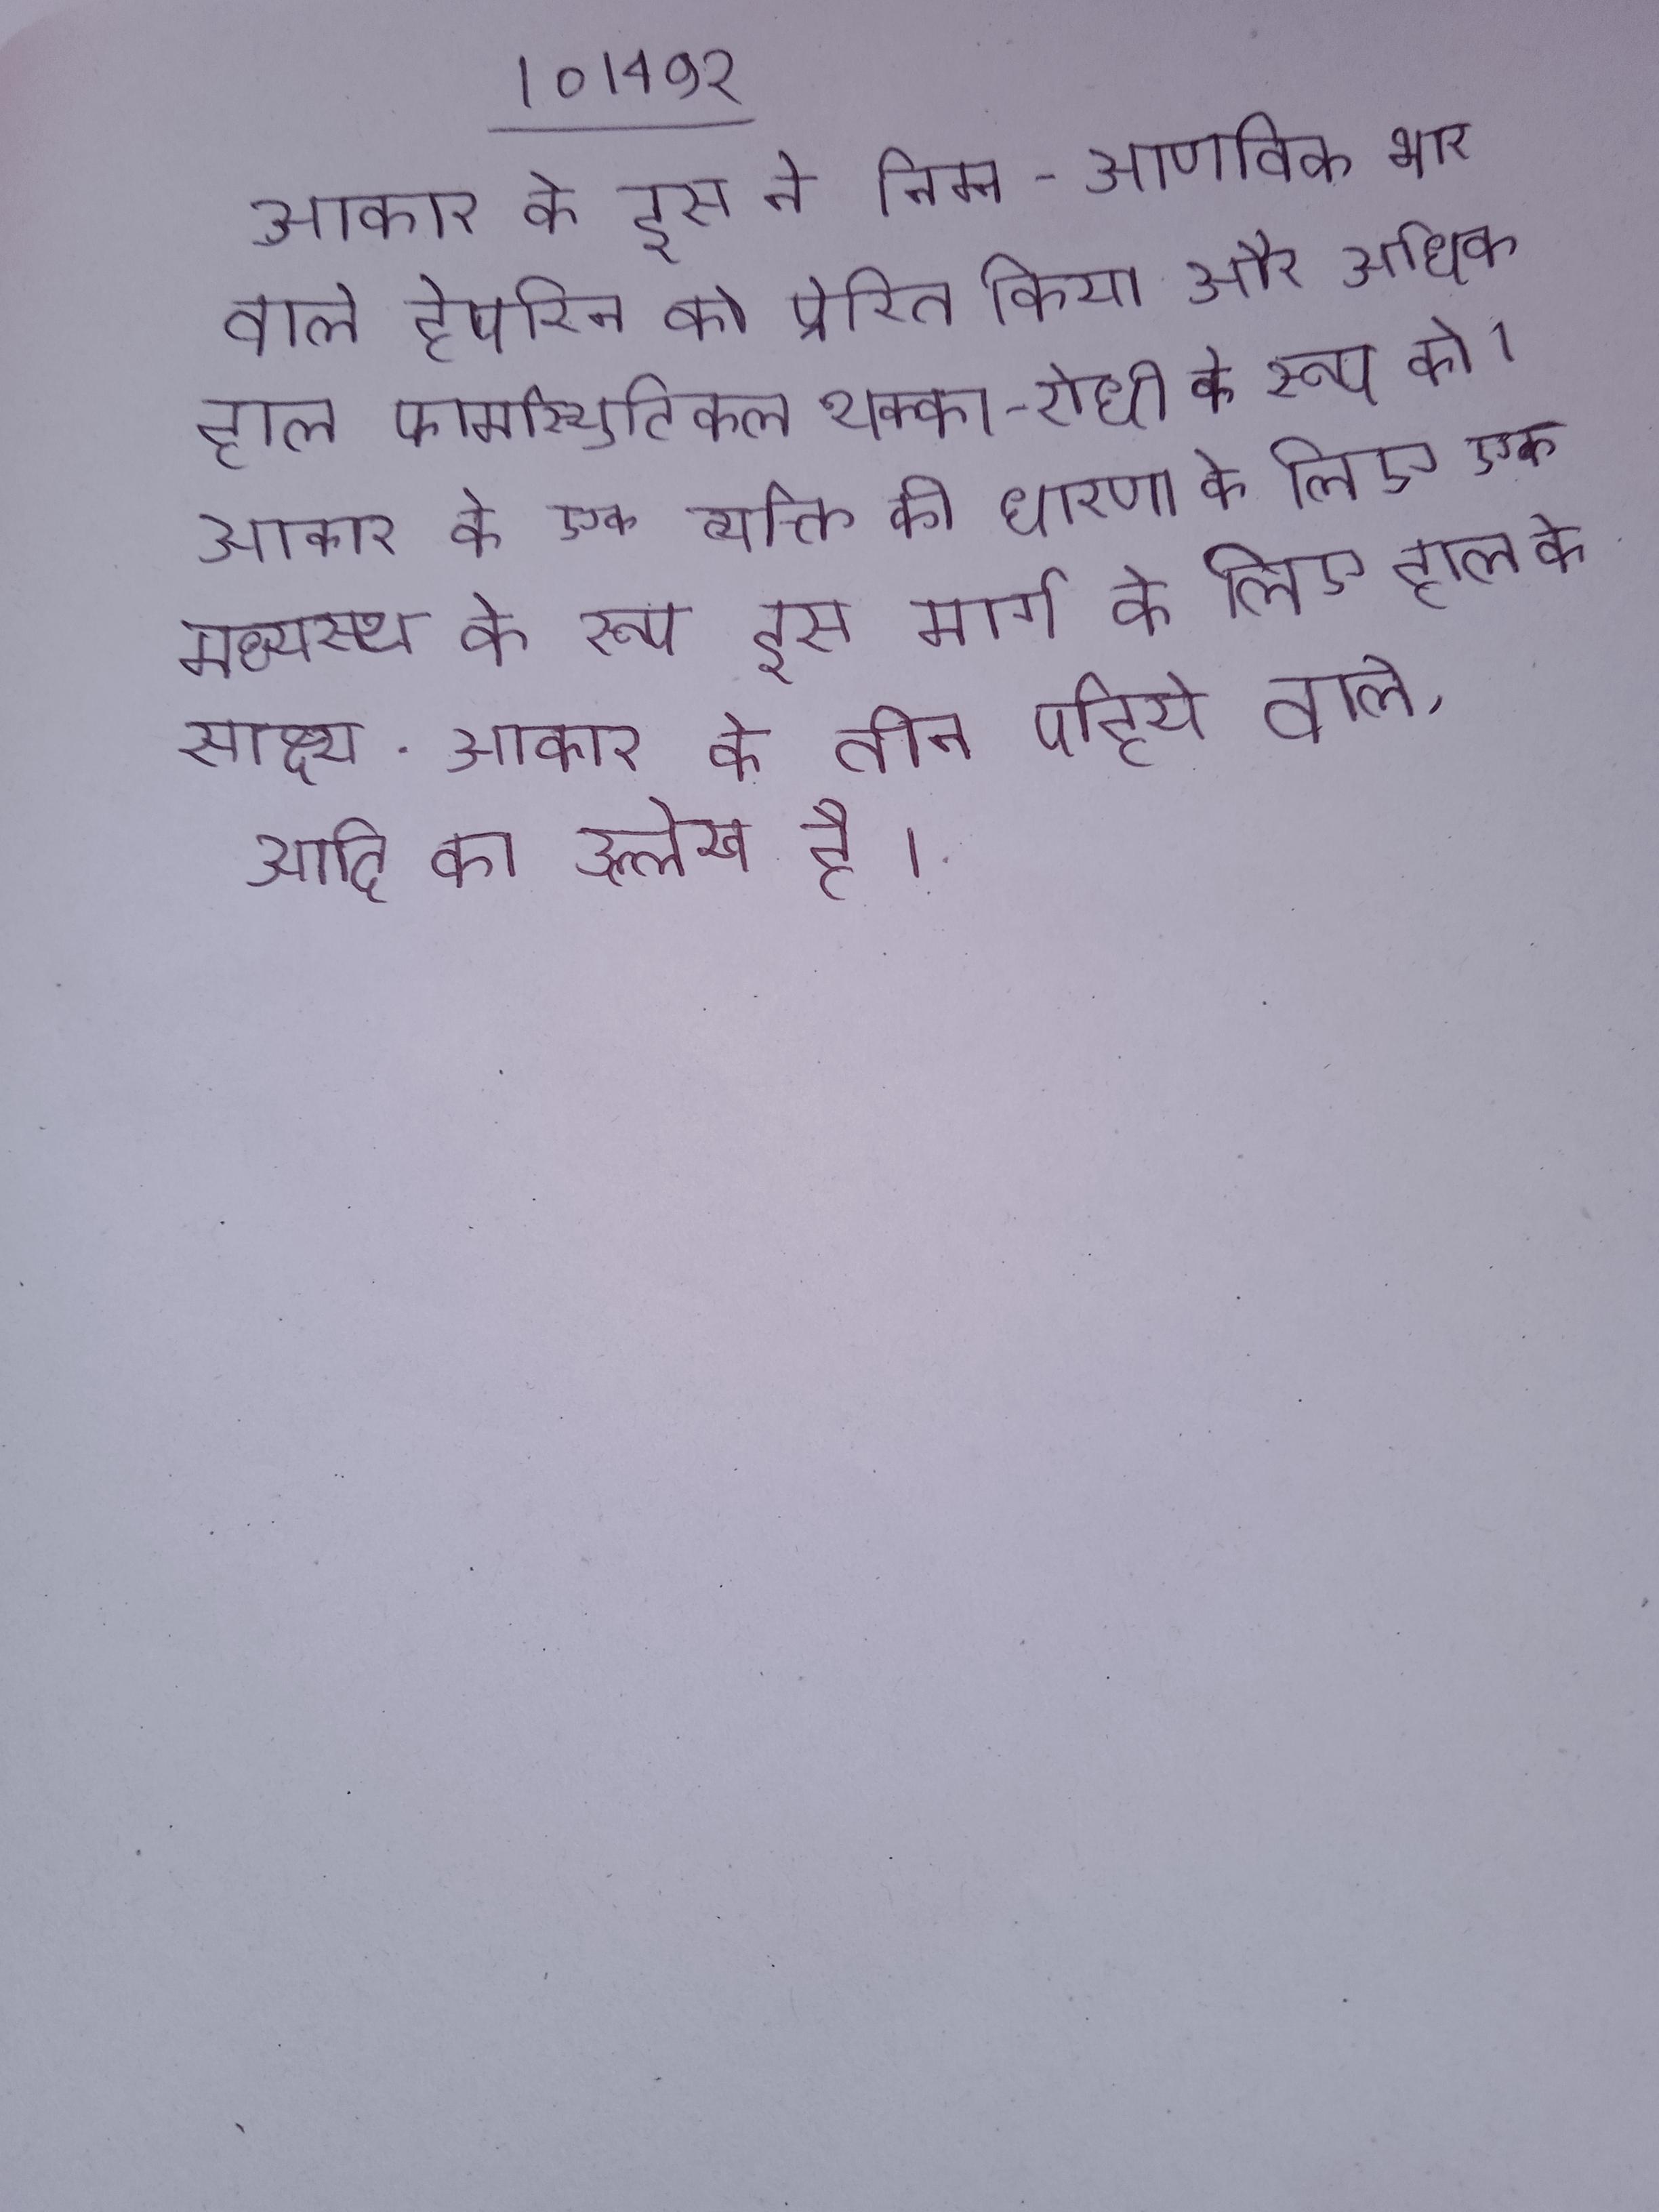
आकार के इस ने निम्न-आणविक भार वाले हेपरिन को प्रेरित किया और अधिक हाल फार्मास्युटिकल थक्का-रोधी के रूप को । आकार के एक व्यक्ति की धारणा के लिए एक मध्यस्थ के रूप इस मार्ग के लिए हाल के साक्ष्य . आकार के तीन पहिये वाले, आदि का उल्लेख है ।